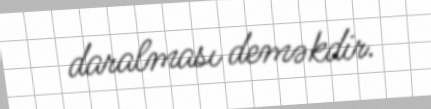
daralması deməkdir.